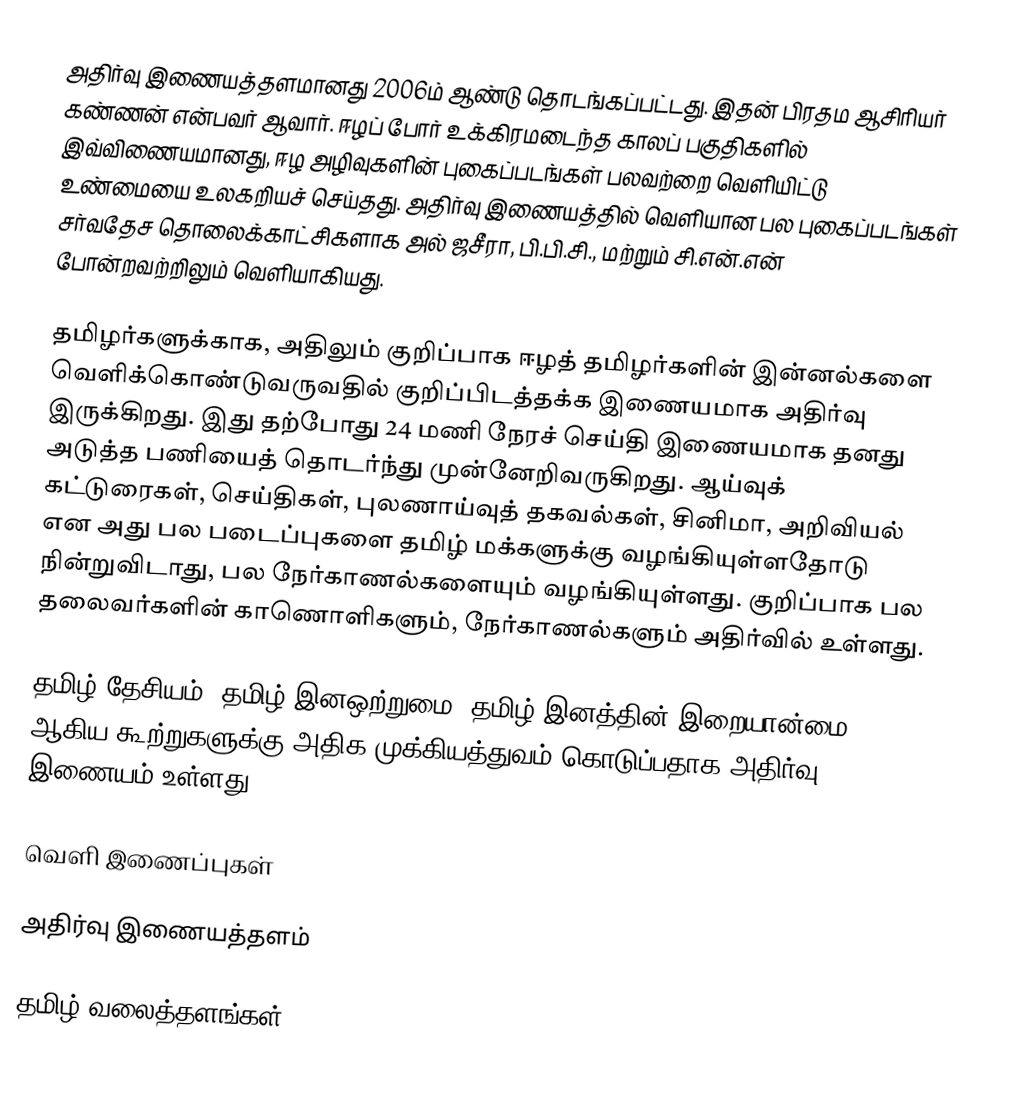
அதிர்வு இணையத்தளமானது 2006ம் ஆண்டு தொடங்கப்பட்டது. இதன் பிரதம ஆசிரியர் கண்ணன் என்பவர் ஆவார். ஈழப் போர் உக்கிரமடைந்த காலப் பகுதிகளில் இவ்விணையமானது, ஈழ அழிவுகளின் புகைப்படங்கள் பலவற்றை வெளியிட்டு உண்மையை உலகறியச் செய்தது. அதிர்வு இணையத்தில் வெளியான பல புகைப்படங்கள் சர்வதேச தொலைக்காட்சிகளாக அல் ஜசீரா, பி.பி.சி., மற்றும் சி.என்.என் போன்றவற்றிலும் வெளியாகியது.

தமிழர்களுக்காக, அதிலும் குறிப்பாக ஈழத் தமிழர்களின் இன்னல்களை வெளிக்கொண்டுவருவதில் குறிப்பிடத்தக்க இணையமாக அதிர்வு இருக்கிறது. இது தற்போது 24 மணி நேரச் செய்தி இணையமாக தனது அடுத்த பணியைத் தொடர்ந்து முன்னேறிவருகிறது. ஆய்வுக் கட்டுரைகள், செய்திகள், புலணாய்வுத் தகவல்கள், சினிமா, அறிவியல் என அது பல படைப்புகளை தமிழ் மக்களுக்கு வழங்கியுள்ளதோடு நின்றுவிடாது, பல நேர்காணல்களையும் வழங்கியுள்ளது. குறிப்பாக பல தலைவர்களின் காணொளிகளும், நேர்காணல்களும் அதிர்வில் உள்ளது.

தமிழ் தேசியம், தமிழ் இனஒற்றுமை, தமிழ் இனத்தின் இறையான்மை ஆகிய கூற்றுகளுக்கு அதிக முக்கியத்துவம் கொடுப்பதாக அதிர்வு இணையம் உள்ளது.

வெளி இணைப்புகள்

அதிர்வு இணையத்தளம்

தமிழ் வலைத்தளங்கள்